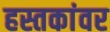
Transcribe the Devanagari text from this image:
हस्तकांवर